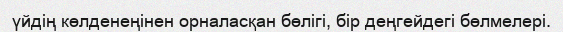
үйдің көлденеңінен орналасқан бөлігі, бір деңгейдегі бөлмелері.